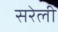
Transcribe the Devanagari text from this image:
सरेली